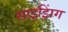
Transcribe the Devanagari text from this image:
साइझिंग